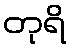
တုရိ